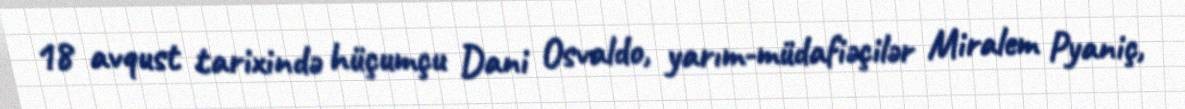
18 avqust tarixində hüçumçu Dani Osvaldo, yarım-müdafiəçilər Miralem Pyaniç,